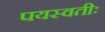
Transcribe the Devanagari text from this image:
पयस्वतीः